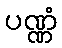
ပဏ္ဏံ